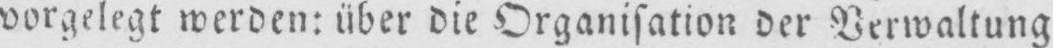
vorgelegt werden: über die Organisation der Verwaltung